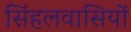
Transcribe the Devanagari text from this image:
सिंहलवासियों